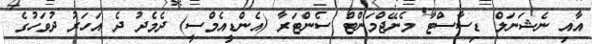
އާއި ނެޝަނަލް ޑިސާސްޓާ މެނޭޖްމަންޓް ސެންޓަރާ (އެންޑީއެމްސީ) ދެމެދު ދެ އަހަރު ދުވަހުގެ